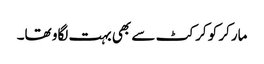
مارکر کو کرکٹ سے بھی بہت لگاو تھا۔